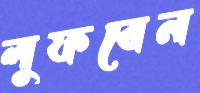
লুফবেন